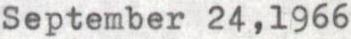
September 24,1966